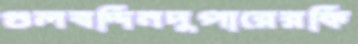
গুলবদ্দিনদুপারেরকি